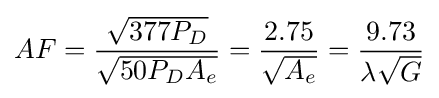
AF={\frac {\sqrt {377P_{D}}}{\sqrt {50P_{D}A_{e}}}}={\frac {2.75}{\sqrt {A_{e}}}}={\frac {9.73}{\lambda {\sqrt {G}}}}